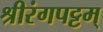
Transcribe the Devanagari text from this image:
श्रीरंगपट्टम्